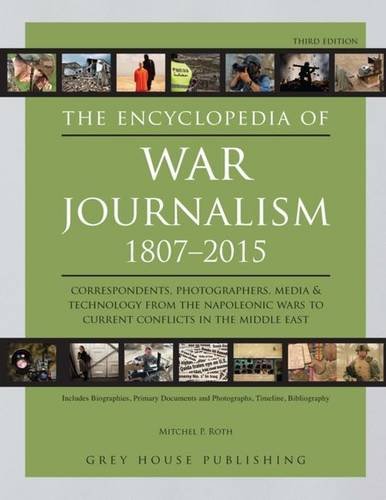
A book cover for The Encyclopedia of War Journalism 1807-2015; Mitchel P. Roth; Reference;